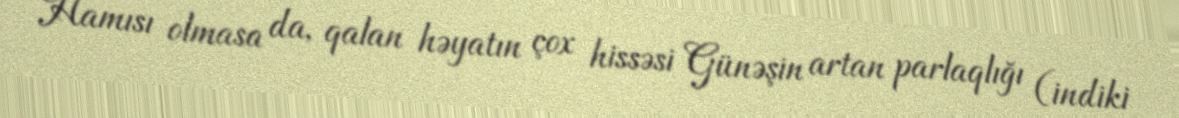
Hamısı olmasa da, qalan həyatın çox hissəsi Günəşin artan parlaqlığı (indiki